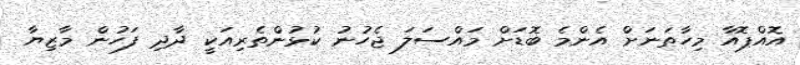
އޮއްޕޮއާ މިހާތަނަށް އެންމެ ބޮޑަށް މައްސަލަ ޖެހުނު ކުޅުންތެރިއަކީ ދާދި ފަހުން މާޒިޔާ